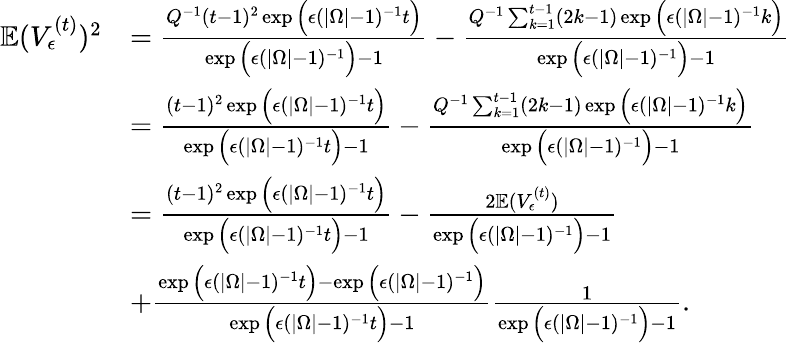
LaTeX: \begin{array}{rl}{\mathbb{E}(V_{\epsilon}^{(t)})^{2}}&{=\frac{Q^{-1}(t-1)^{2}\exp\Big(\epsilon(|\Omega|-1)^{-1}t\Big)}{\exp\Big(\epsilon(|\Omega|-1)^{-1}\Big)-1}-\frac{Q^{-1}\sum_{k=1}^{t-1}(2k-1)\exp\Big(\epsilon(|\Omega|-1)^{-1}k\Big)}{\exp\Big(\epsilon(|\Omega|-1)^{-1}\Big)-1}}\\ &{=\frac{(t-1)^{2}\exp\Big(\epsilon(|\Omega|-1)^{-1}t\Big)}{\exp\Big(\epsilon(|\Omega|-1)^{-1}t\Big)-1}-\frac{Q^{-1}\sum_{k=1}^{t-1}(2k-1)\exp\Big(\epsilon(|\Omega|-1)^{-1}k\Big)}{\exp\Big(\epsilon(|\Omega|-1)^{-1}\Big)-1}}\\ &{=\frac{(t-1)^{2}\exp\Big(\epsilon(|\Omega|-1)^{-1}t\Big)}{\exp\Big(\epsilon(|\Omega|-1)^{-1}t\Big)-1}-\frac{2\mathbb{E}(V_{\epsilon}^{(t)})}{\exp\Big(\epsilon(|\Omega|-1)^{-1}\Big)-1}}\\ &{+\frac{\exp\Big(\epsilon(|\Omega|-1)^{-1}t\Big)-\exp\Big(\epsilon(|\Omega|-1)^{-1}\Big)}{\exp\Big(\epsilon(|\Omega|-1)^{-1}t\Big)-1}\frac{1}{\exp\Big(\epsilon(|\Omega|-1)^{-1}\Big)-1}.}\end{array}